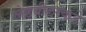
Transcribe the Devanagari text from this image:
लेडबीटरकडे